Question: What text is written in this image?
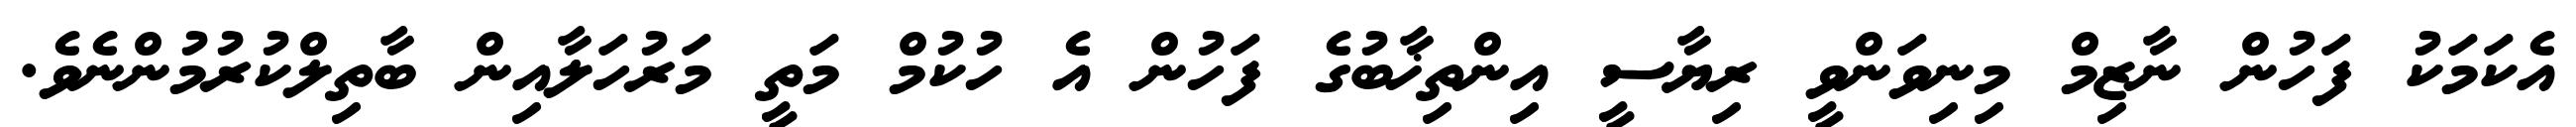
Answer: އެކަމަކު ފަހުން ނާޒިމް މިނިވަންވީ ރިޔާސީ އިންތިޚާބުގެ ފަހުން އެ ހުކުމް މަތީ މަރުހަލާއިން ބާތިލްކުރުމުންނެވެ.